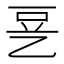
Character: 㐙